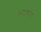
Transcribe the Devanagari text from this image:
अशाश्वती